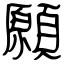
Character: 願